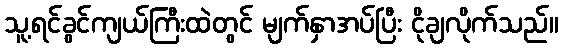
သူ့ရင်ခွင်ကျယ်ကြီးထဲတွင် မျက်နှာအပ်ပြီး ငိုချလိုက်သည်။